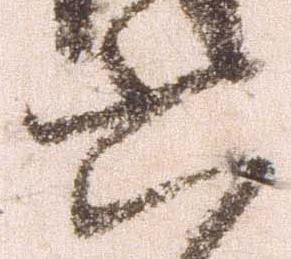
六